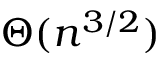
\Theta ( n ^ { 3 / 2 } )